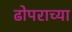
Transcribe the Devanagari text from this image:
ढोपराच्या